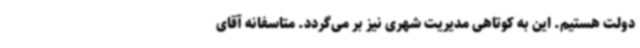
دولت هستیم. این به کوتاهی مدیریت شهری نیز بر می‌گردد. متاسفانه آقای